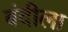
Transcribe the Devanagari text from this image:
बंदीला